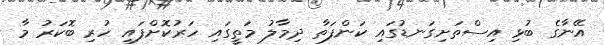
އޭނާގެ ބުޅި އިސްތަށިގަނޑުގައި ކަންފަތާ ދިމާލު މަތީގައި ހަރުކޮށްފައި ހުރި ބޮކަރު މާ